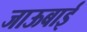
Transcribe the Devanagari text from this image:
जाऊबाई